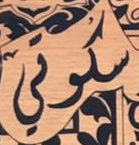
سكوتي